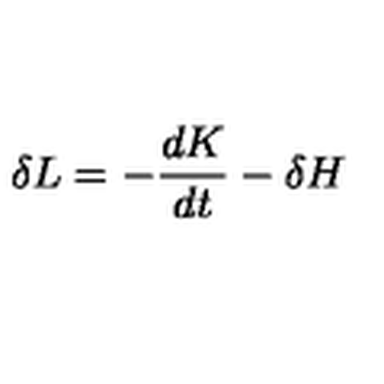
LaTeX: \delta L = - \frac { d K } { d t } - \delta H